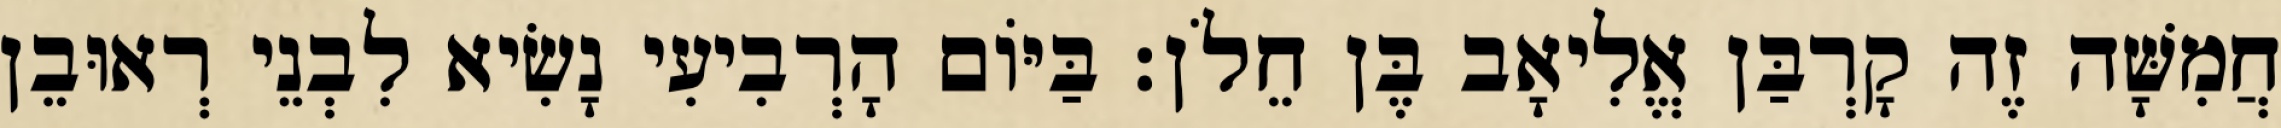
חֲמִשָּׁה זֶה קָרְבַּן אֱלִיאָב בֶּן חֵלֹן׃ בַּיּוֹם הָרְבִיעִי נָשִׂיא לִבְנֵי רְאוּבֵן